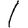
Digit: 1